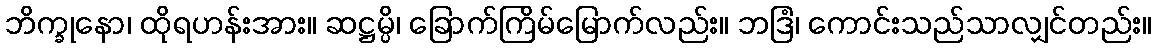
ဘိက္ခုနော၊ ထိုရဟန်းအား။ ဆဋ္ဌမ္ပိ၊ ခြောက်ကြိမ်မြောက်လည်း။ ဘဒြံ၊ ကောင်းသည်သာလျှင်တည်း။